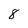
Character: 8